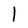
Character: l